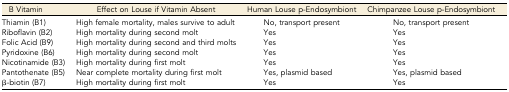
<table><thead><tr><td><b>B Vitamin</b></td><td><b>Effect on Louse if Vitamin Absent</b></td><td><b>Human Louse p-Endosymbiont</b></td><td><b>Chimpanzee Louse p-Endosymbiont</b></td></tr></thead><tbody><tr><td>Thiamin (B1)</td><td>High female mortality, males survive to adult</td><td>No, transport present</td><td>No, transport present</td></tr><tr><td>Riboflavin (B2)</td><td>High mortality during second molt</td><td>Yes</td><td>Yes</td></tr><tr><td>Folic Acid (B9)</td><td>High mortality during second and third molts</td><td>Yes</td><td>Yes</td></tr><tr><td>Pyridoxine (B6)</td><td>High mortality during second molt</td><td>Yes</td><td>Yes</td></tr><tr><td>Nicotinamide (B3)</td><td>High mortality during first molt</td><td>Yes</td><td>Yes</td></tr><tr><td>Pantothenate (B5)</td><td>Near complete mortality during first molt</td><td>Yes, plasmid based</td><td>Yes, plasmid based</td></tr><tr><td>β-biotin (B7)</td><td>High mortality during first molt</td><td>Yes</td><td>Yes</td></tr></tbody></table>